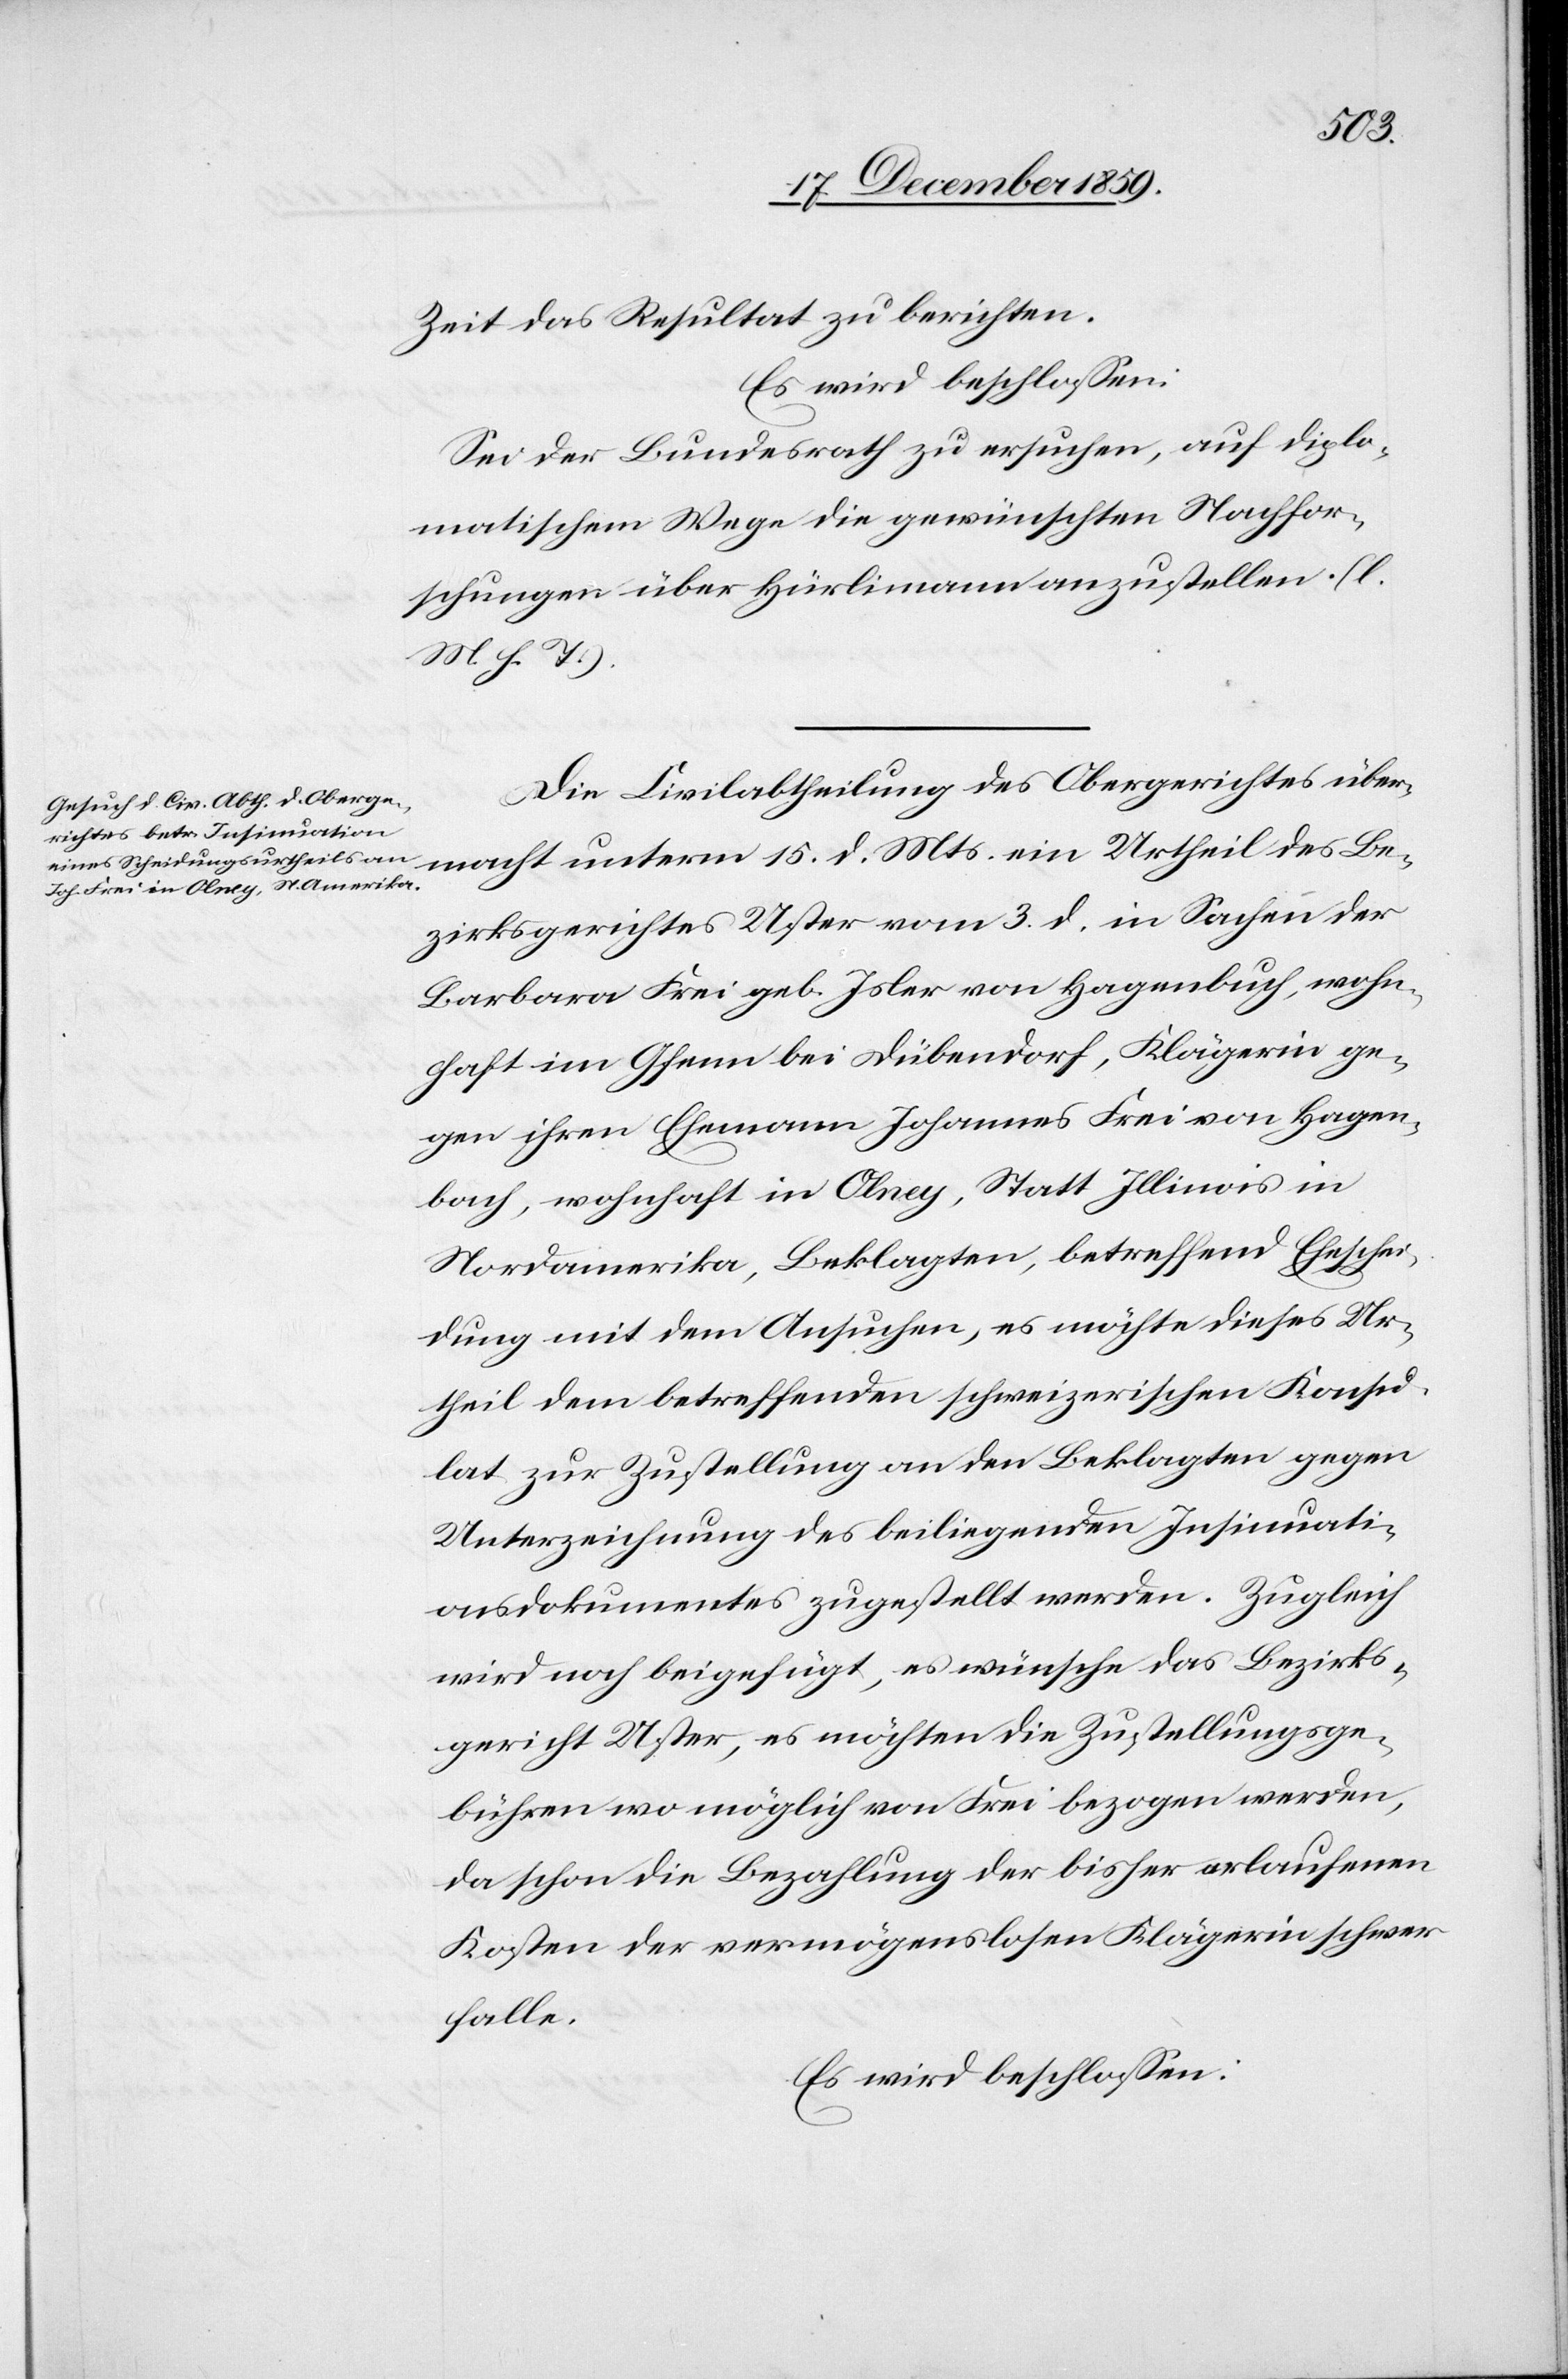
Zeit das Resultat zu berichten.
Es wird beschlossen:
Sei der Bundesrath zu ersuchen, auf diplo¬
matischem Wege die gewünschten Nachfor¬
schungen über Hürlimann anzustellen. (l.
M. h. T.).
Die Civilabtheilung des Obergerichtes über¬
macht unterm 15. d. Mts. ein Urtheil des Be¬
zirksgerichtes Uster vom 3. d. in Sachen der
Barbara Frei geb. Isler von Hagenbuch, wohn¬
haft in Gfenn bei Dübendorf, Klägerin ge¬
gen ihren Ehemann Johannes Frei von Hagen¬
buch, wohnhaft in Olney, Statt [sic!] Illinois in
Nordamerika, Beklagten, betreffend Eheschei¬
dung mit dem Ansuchen, es möchte dieses Ur¬
theil dem betreffenden schweizerischen Konsu¬
lat zur Zustellung an den Beklagten gegen
Unterzeichnung des beiliegenden Insinuati¬
onsdokumentes zugestellt werden. Zugleich
wird noch beigefügt, es wünsche das Bezirks¬
gericht Uster, es möchten die Zustellungsge¬
bühren wo möglich von Frei bezogen werden,
da schon die Bezahlung der bisher erlaufenen
Kosten der vermögenslosen Klägerin schwer
falle.
Es wird beschlossen: